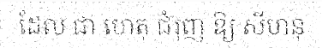
ដែល ជា ហេតុ ជំរុញ ឱ្យ សីហនុ